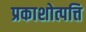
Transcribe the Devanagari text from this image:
प्रकाशोत्पत्ति